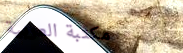
مكتبة العربية